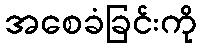
အစေခံခြင်းကို